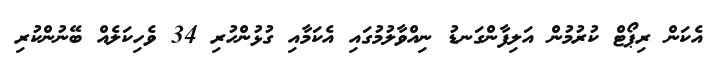
އެކަން ރިޕޯޓް ކުރުމުން އަލިފާންގަނޑު ނިއްވާލުމުގައި އެކަމާއި ގުޅުންހުރި 34 ވެހިކަލެއް ބޭނުންކުރި